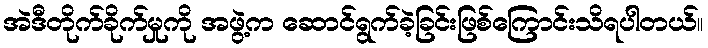
အဲဒီတိုက်ခိုက်မှုကို အဖွဲ့က ဆောင်ရွက်ခဲ့ခြင်းဖြစ်ကြောင်းသိရပါတယ်။